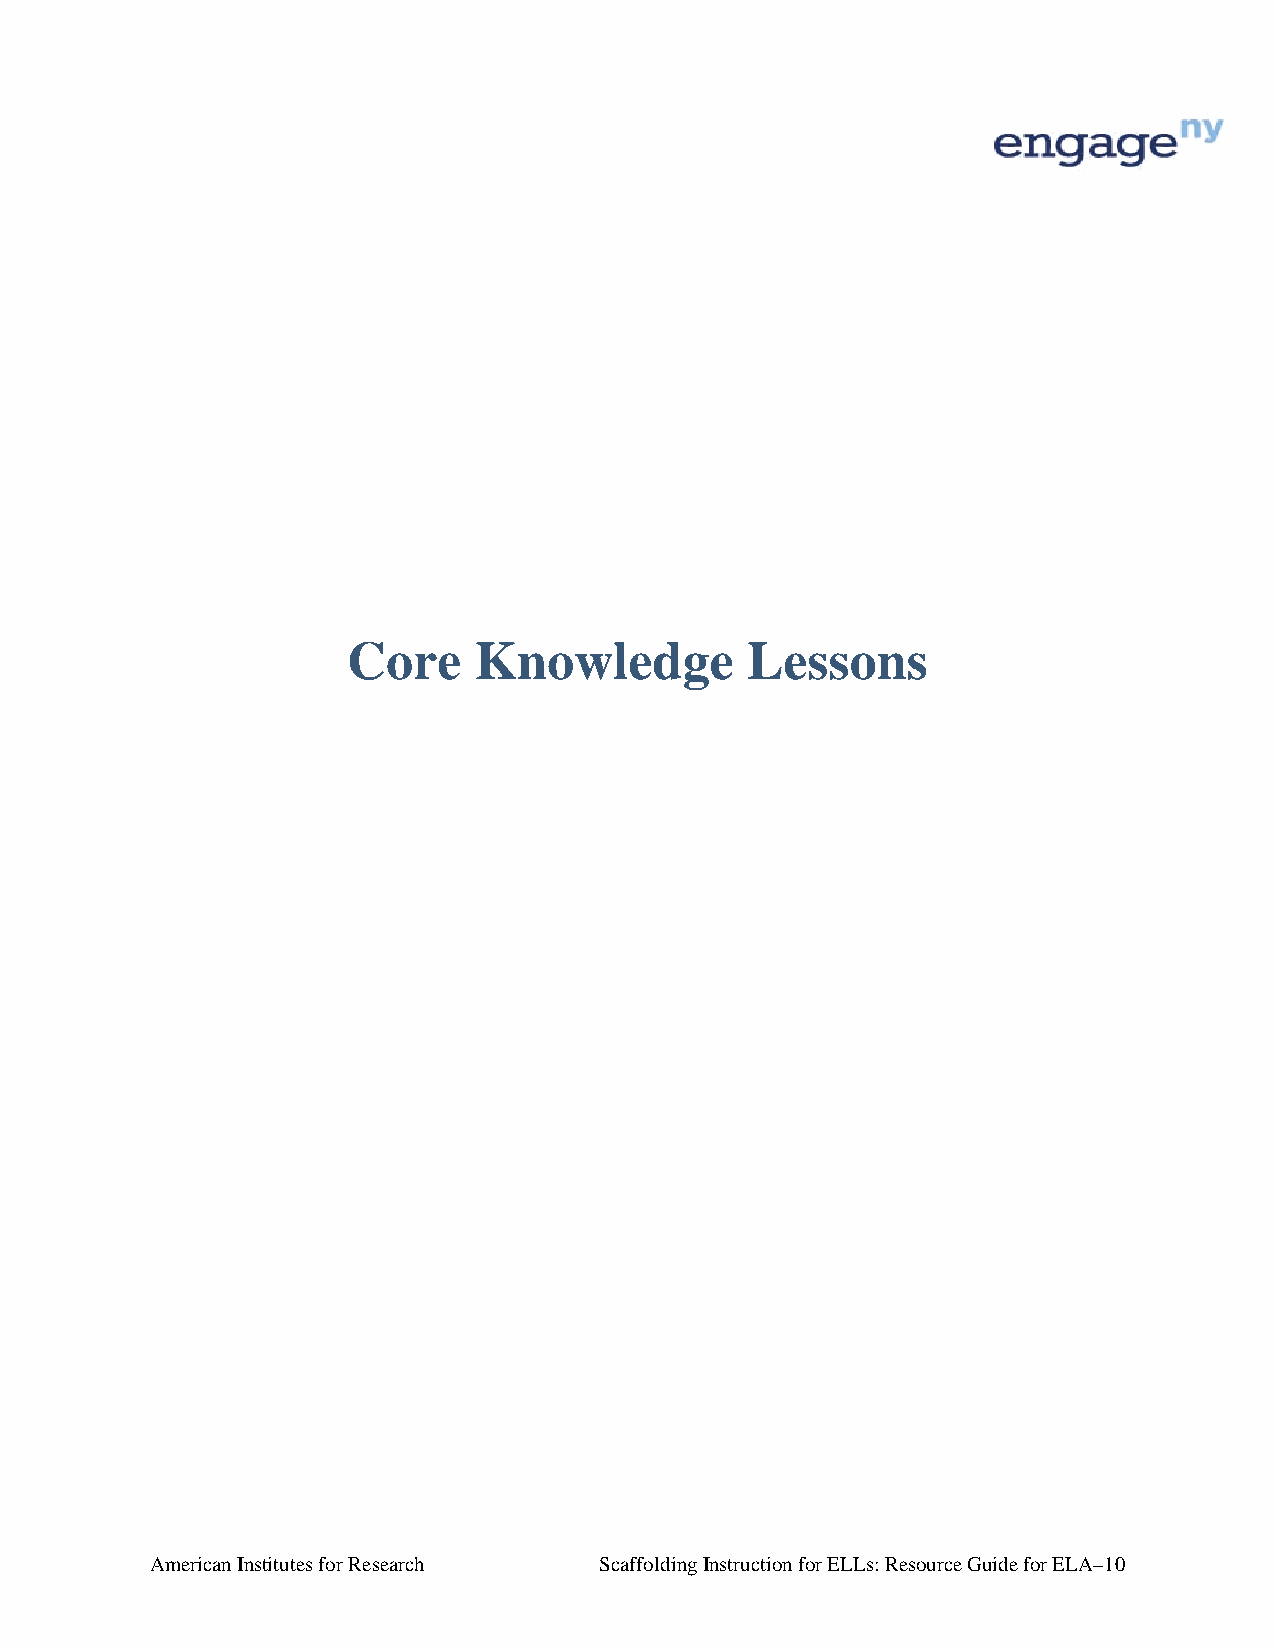
Core    Knowledge         Lessons
 American Institutes for Research Scaffolding Instruction for ELLs: Resource Guide for ELA–10